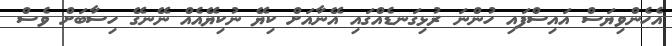
އެހެންވިޔަސް އައިސްފައި ހުންނަ ރުޅިގަނޑެއްގައި އޭނާއަށް ކިޔޭ ނުކިޔޭއެއް ނޭނގޭ ހިސާބަށް ވެސް